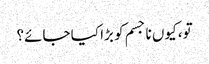
تو، کیوں نا جسم کو بڑا کیا جائے؟